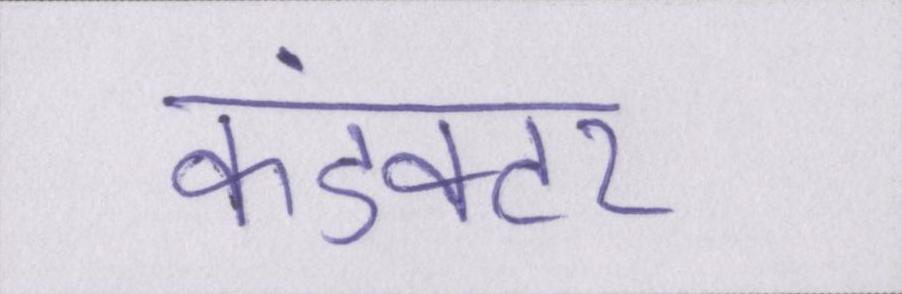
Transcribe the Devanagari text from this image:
कंडक्टर